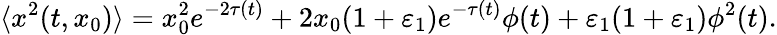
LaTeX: \langle x^{2}(t,x_{0})\rangle=x_{0}^{2}e^{-2\tau(t)}+2x_{0}(1+\varepsilon_{1})e^{-\tau(t)}\phi(t)+\varepsilon_{1}(1+\varepsilon_{1})\phi^{2}(t).